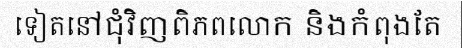
ទៀតនៅជុំវិញពិភពលោក និងកំពុងតែ